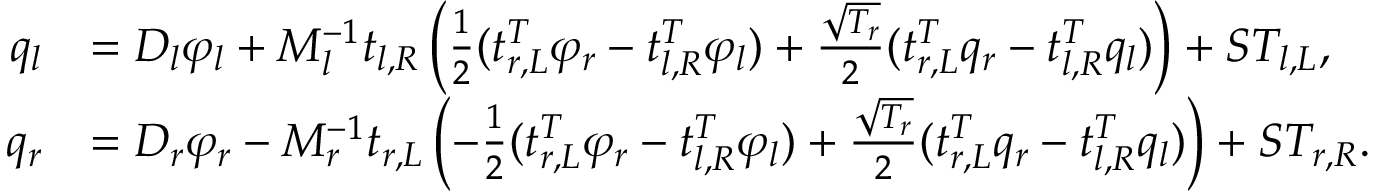
\begin{array} { r l } { q _ { l } } & { = D _ { l } \varphi _ { l } + M _ { l } ^ { - 1 } t _ { l , R } \left( \frac { 1 } { 2 } ( t _ { r , L } ^ { T } \varphi _ { r } - t _ { l , R } ^ { T } \varphi _ { l } ) + \frac { \sqrt { T _ { r } } } { 2 } ( t _ { r , L } ^ { T } q _ { r } - t _ { l , R } ^ { T } q _ { l } ) \right) + S T _ { l , L } , } \\ { q _ { r } } & { = D _ { r } \varphi _ { r } - M _ { r } ^ { - 1 } t _ { r , L } \left( - \frac { 1 } { 2 } ( t _ { r , L } ^ { T } \varphi _ { r } - t _ { l , R } ^ { T } \varphi _ { l } ) + \frac { \sqrt { T _ { r } } } { 2 } ( t _ { r , L } ^ { T } q _ { r } - t _ { l , R } ^ { T } q _ { l } ) \right) + S T _ { r , R } . } \end{array}